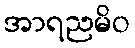
အာရညမိဝ